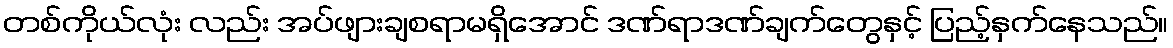
တစ်ကိုယ်လုံး လည်း အပ်ဖျားချစရာမရှိအောင် ဒဏ်ရာဒဏ်ချက်တွေနှင့် ပြည့်နှက်နေသည်။